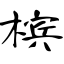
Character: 槟